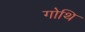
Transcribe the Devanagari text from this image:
गोथि